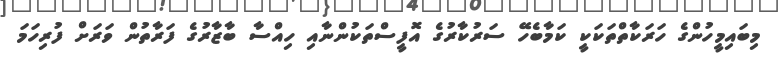
މިބައިމީހުންގެ ހަރަކާތްތަކަކީ ކަމާބެހޭ ސަރުކާރުގެ އޮފީސްތަކުންނާއި ހިއްސާ ބާޒާރުގެ ފަރާތުން ވަރަށް ފުރިހަމަ